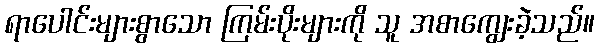
ရာပေါင်းများစွာသော ကြမ်းပိုးများကို သူ အစာကျွေးခဲ့သည်။